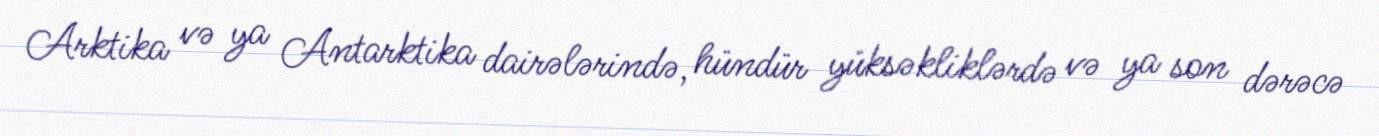
Arktika və ya Antarktika dairələrində, hündür yüksəkliklərdə və ya son dərəcə